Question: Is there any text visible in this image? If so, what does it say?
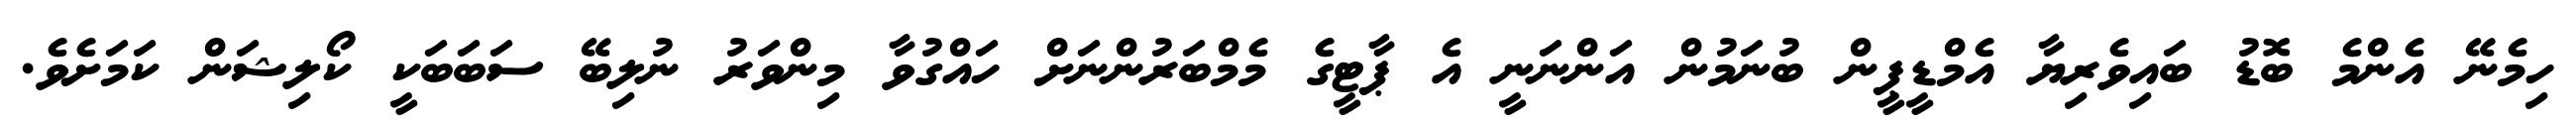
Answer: ހިމެނޭ އެންމެ ބޮޑު ބައިވެރިޔާ އެމްޑީޕީން ބުނަމުން އަންނަނީ އެ ޕާޓީގެ މެމްބަރުންނަށް ހައްގުވާ މިންވަރު ނުލިބޭ ސަބަބަކީ ކޯލިޝަން ކަމަށެވެ.